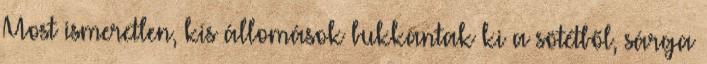
Most ismeretlen, kis állomások bukkantak ki a sötétből, sárga